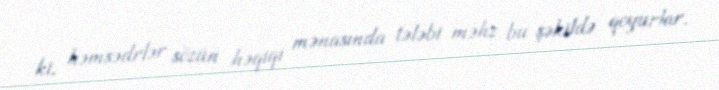
ki, həmsədrlər sözün həqiqi mənasında tələbi məhz bu şəkildə qoyurlar.